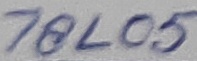
Text: 78L05